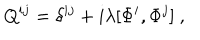
Q ^ { i j } = \delta ^ { i j } + i \lambda [ \Phi ^ { i } , \Phi ^ { j } ] \ ,